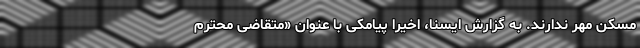
مسکن مهر ندارند. به گزارش ایسنا، اخیرا پیامکی با عنوان «متقاضی محترم